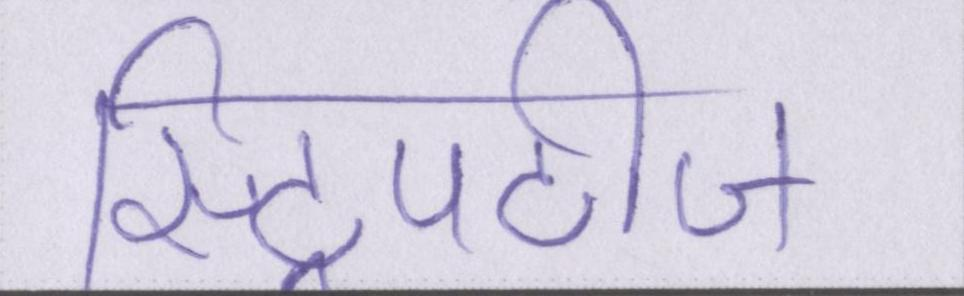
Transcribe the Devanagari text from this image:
स्ट्रिपटीज